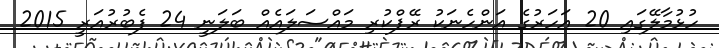
ހުޅުމާލޭގައި 20 އަހަރުގެ އަންހެނަކު ރޭޕްކުރި މައްސަލައެއް ބަލަނީ 24 ފެބުރުއަރީ 2015